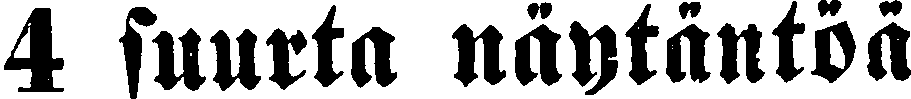
4 suurta näytäntoä